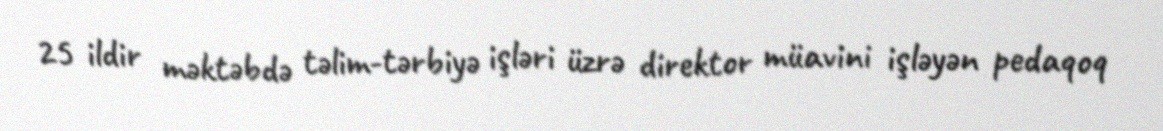
25 ildir məktəbdə təlim-tərbiyə işləri üzrə direktor müavini işləyən pedaqoq